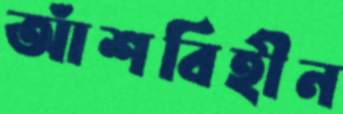
আঁশবিহীন